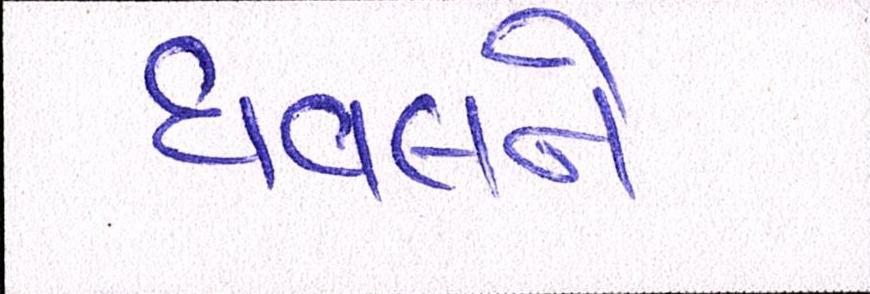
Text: ધવલને